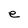
Character: e